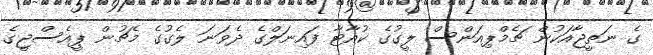
ގެ ނަތީޖާއަކުން ޗެމްޕިއަންސް ލީގުގެ ކުއާޓާ ފައިނަލްގެ ދެވަނަ ލެގުގެ މެޗުން ޕީއެސްޖީގެ